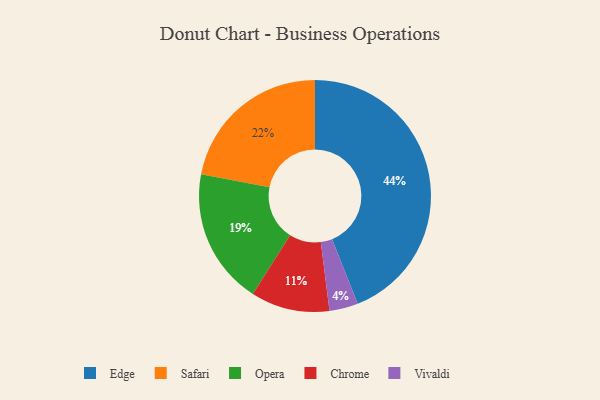
{"axis": {"x": "Category", "y": "Percentage"}, "legend": ["Chrome", "Edge", "Opera", "Safari", "Vivaldi"], "data": [{"x": "Chrome", "y": 11, "type": "Chrome"}, {"x": "Safari", "y": 22, "type": "Safari"}, {"x": "Edge", "y": 44, "type": "Edge"}, {"x": "Vivaldi", "y": 4, "type": "Vivaldi"}, {"x": "Opera", "y": 19, "type": "Opera"}]}